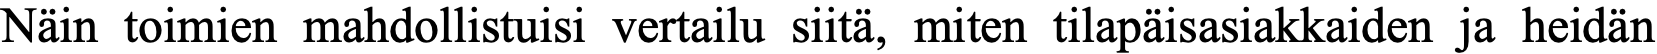
Näin toimien mahdollistuisi vertailu siitä, miten tilapäisasiakkaiden ja heidän